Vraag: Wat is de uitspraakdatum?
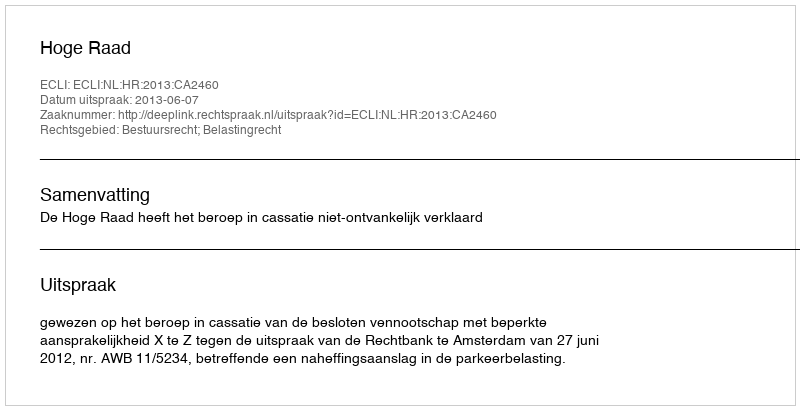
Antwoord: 2013-06-07